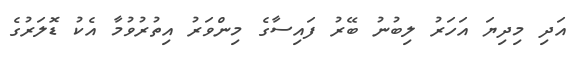
އަދި މިދިޔަ އަހަރު ލިބުނު ބޭރު ފައިސާގެ މިންވަރު އިތުރުވުމާ އެކު ޑޮލަރުގެ